Civil Veterinary Dept. Bombay admin report 1923-31 - 1923-1931
Year: 1923
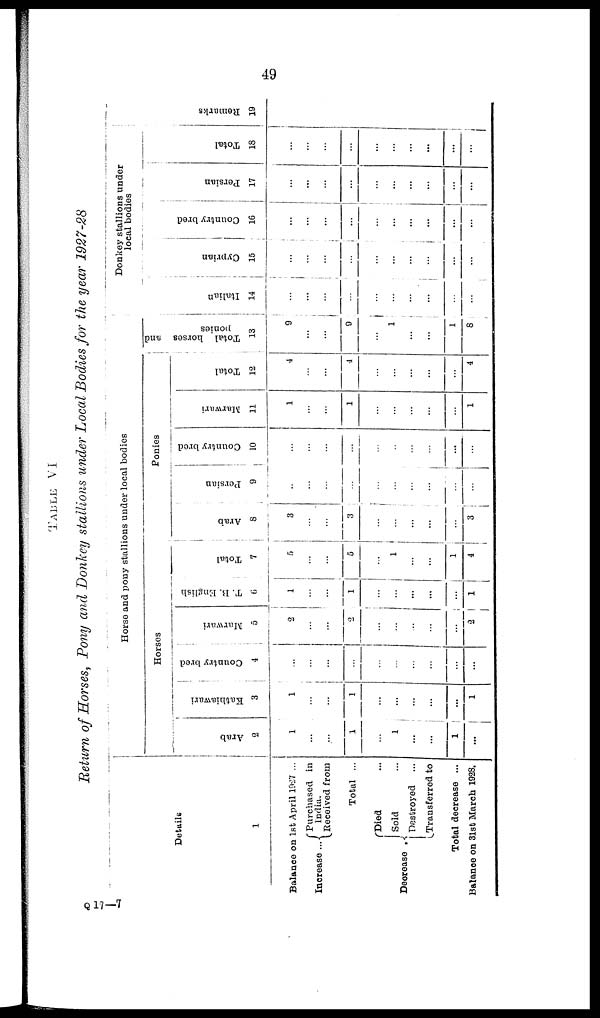
49
TABLE VI
Return of Horses, Pony and Donkey stallions under Local Bodies for the year 1927-28
Details
1
Balance on 1st April 19-27 ...
Increase ...
Decrease
Purchased in
India.
Received from
Total ...
Died ...
Sold ...
Destroyed ...
Transferred to
Total decrease ...
Balance on 31st March 1928.
Horse and pony stallions under local bodies
Horses
Ar ab
2
1
...
...
1
...
1
...
...
1
...
Ka t
hi a wa r
i
3
1
...
...
1
...
...
...
...
...
1
Country bred
4
...
...
...
...
...
...
...
...
...
...
Marwari
5
2
...
...
2
...
...
...
...
...
2
T. B. English
6
1
...
...
1
...
...
...
...
...
1
Tot al
7
5
...
...
5
...
1
...
...
...
4
Ponies
Arab
8
3
...
...
3
...
...
...
...
...
3
Per s i
an
9
...
...
...
...
...
...
...
...
...
...
Count r
y br ed
10
...
...
...
...
...
...
...
...
...
...
Ma r
wa r
i
11
1
...
...
1
...
...
...
...
...
1
Tot al
12
4
...
...
4
...
...
...
...
...
4
Total horses and
Ponies.
13
9
...
...
9
...
1
...
...
1
8
Donkey stallions under
local bodies
Italian
14
...
...
...
...
...
...
...
...
...
...
Cypr i
an
15
...
...
...
...
...
...
...
...
...
...
Count r
y br ed
16
...
...
...
...
...
...
...
...
...
...
Per s i
an
17
...
...
...
...
...
...
...
...
...
...
Tot al
18
...
...
...
...
...
...
...
...
...
...
Re ma r
k s
19
Q 17—7